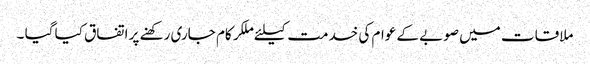
ملاقات میں صوبے کے عوام کی خدمت کیلئے ملکر کام جاری رکھنے پر اتفاق کیا گیا ۔